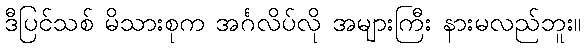
ဒီပြင်သစ် မိသားစုက အင်္ဂလိပ်လို အများကြီး နားမလည်ဘူး။